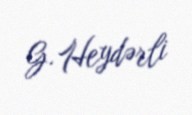
G. Heydərli